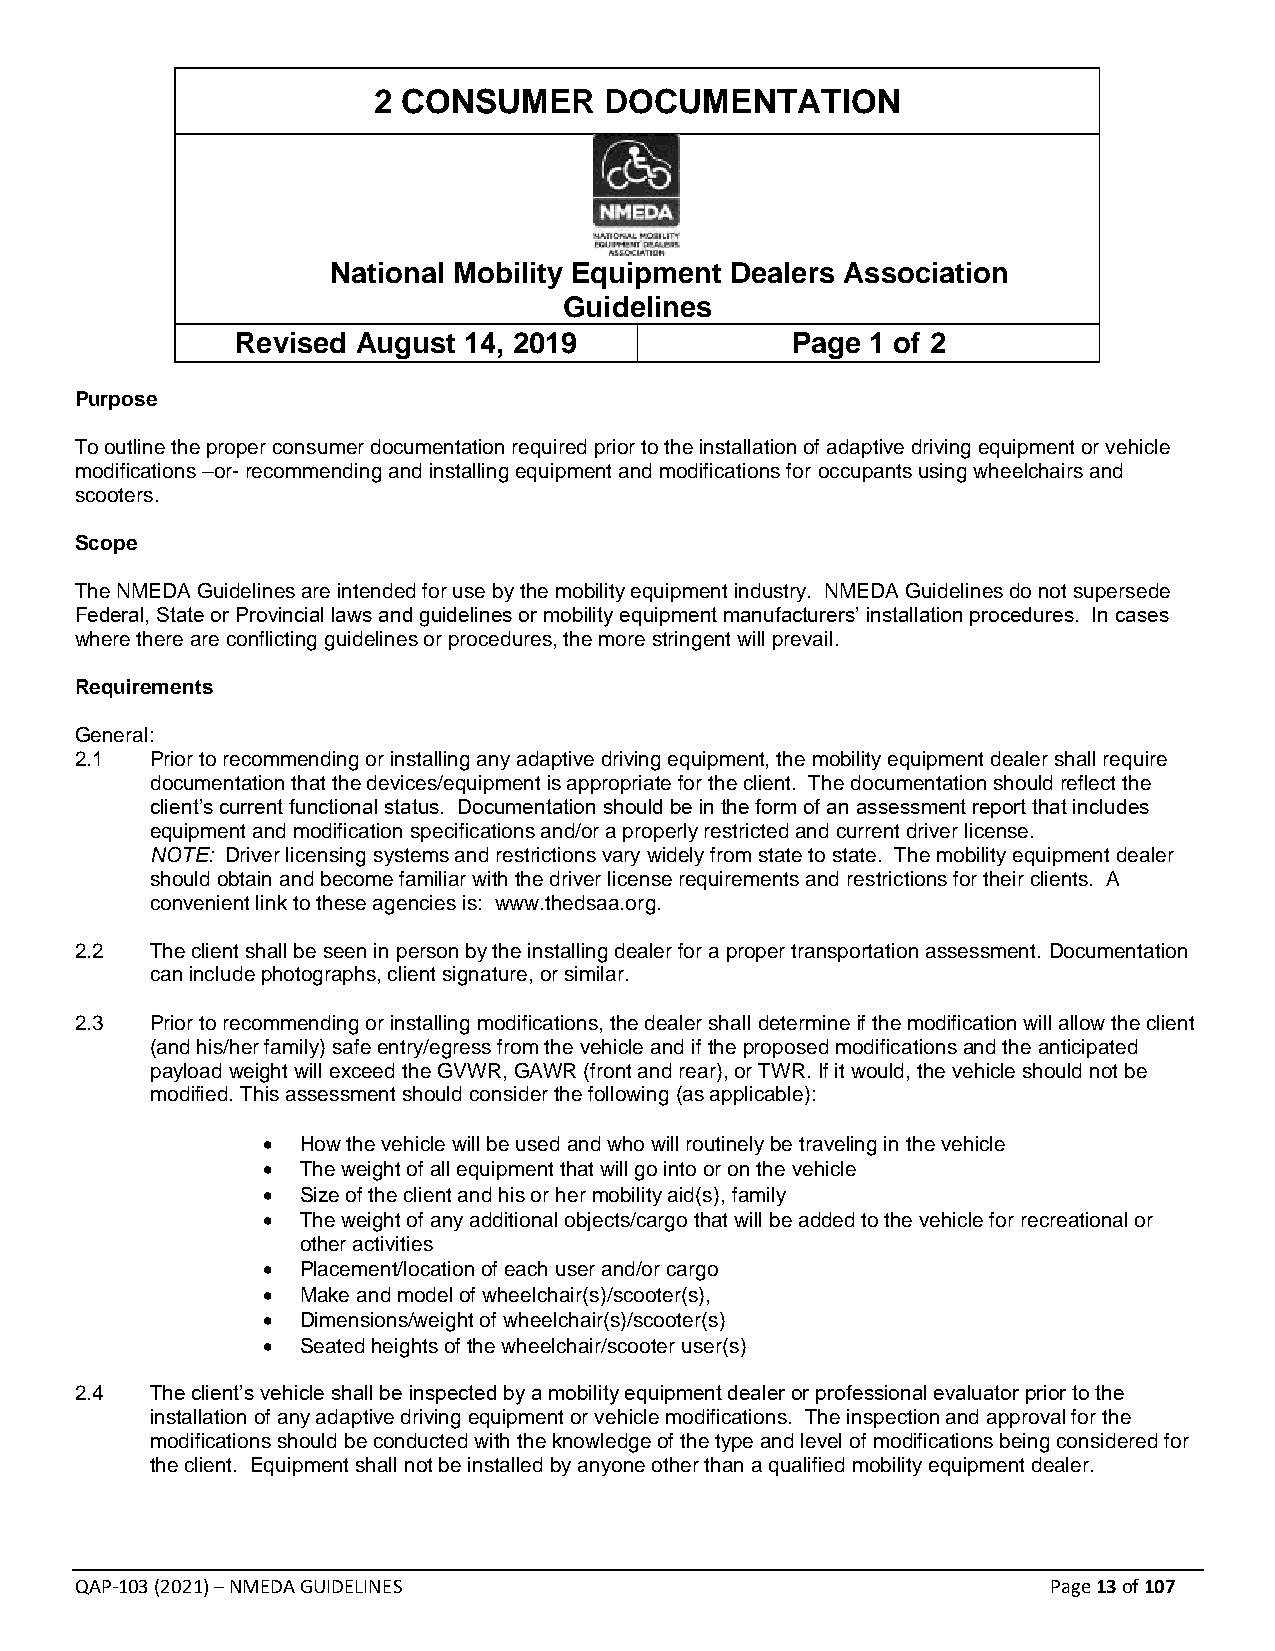
2 CONSUMER     DOCUMENTATION
 National Mobility Equipment Dealers Association
 Guidelines
 Revised August 14, 2019             Page  1 of 2
 Purpose
 To outline the proper consumer documentation required prior to the installation of adaptive driving equipment or vehicle
 modifications –or- recommending and installing equipment and modifications for occupants using wheelchairs and
 scooters.
 Scope
 The NMEDA Guidelines are intended for use by the mobility equipment industry. NMEDA Guidelines do not supersede
 Federal, State or Provincial laws and guidelines or mobility equipment manufacturers’ installation procedures. In cases
 where there are conflicting guidelines or procedures, the more stringent will prevail.
 Requirements
 General:
 2.1  Prior to recommending or installing any adaptive driving equipment, the mobility equipment dealer shall require
 documentation that the devices/equipment is appropriate for the client. The documentation should reflect the
 client’s current functional status. Documentation should be in the form of an assessment report that includes
 equipment and modification specifications and/or a properly restricted and current driver license.
 NOTE: Driver licensing systems and restrictions vary widely from state to state. The mobility equipment dealer
 should obtain and become familiar with the driver license requirements and restrictions for their clients. A
 convenient link to these agencies is: www.thedsaa.org.
 2.2  The client shall be seen in person by the installing dealer for a proper transportation assessment. Documentation
 can include photographs, client signature, or similar.
 2.3  Prior to recommending or installing modifications, the dealer shall determine if the modification will allow the client
 (and his/her family) safe entry/egress from the vehicle and if the proposed modifications and the anticipated
 payload weight will exceed the GVWR, GAWR (front and rear), or TWR. If it would, the vehicle should not be
 modified. This assessment should consider the following (as applicable):
 •  How the vehicle will be used and who will routinely be traveling in the vehicle
 •  The weight of all equipment that will go into or on the vehicle
 •  Size of the client and his or her mobility aid(s), family
 •  The weight of any additional objects/cargo that will be added to the vehicle for recreational or
 other activities
 •  Placement/location of each user and/or cargo
 •  Make and model of wheelchair(s)/scooter(s),
 •  Dimensions/weight of wheelchair(s)/scooter(s)
 •  Seated heights of the wheelchair/scooter user(s)
 2.4  The client’s vehicle shall be inspected by a mobility equipment dealer or professional evaluator prior to the
 installation of any adaptive driving equipment or vehicle modifications. The inspection and approval for the
 modifications should be conducted with the knowledge of the type and level of modifications being considered for
 the client. Equipment shall not be installed by anyone other than a qualified mobility equipment dealer.
 QAP-103 (2021) – NMEDA GUIDELINES                                Page 13 of 107